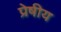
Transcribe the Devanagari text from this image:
प्रेषीय